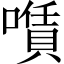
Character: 𠿹